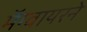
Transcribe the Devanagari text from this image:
मॅग्वायरने